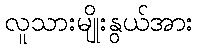
လူသားမျိုးနွယ်အား